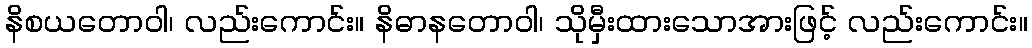
နိစယတောဝါ၊ လည်းကောင်း။ နိဓာနတောဝါ၊ သိုမှီးထားသောအားဖြင့် လည်းကောင်း။